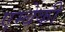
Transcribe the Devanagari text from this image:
एम्बेकी